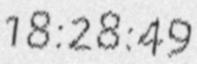
18:28:49